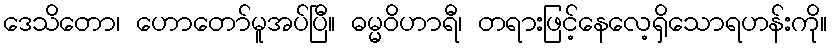
ဒေသိတော၊ ဟောတော်မူအပ်ပြီ။ ဓမ္မဝိဟာရီ၊ တရားဖြင့်နေလေ့ရှိသောရဟန်းကို။